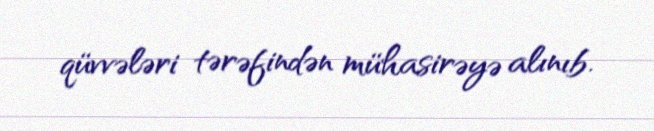
qüvvələri tərəfindən mühasirəyə alınıb.